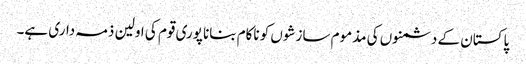
پاکستان کے دشمنوں کی مذموم سازشوں کو ناکام بنانا پوری قوم کی اولین ذمہ داری ہے۔